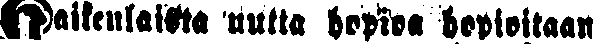
kaikenlaista uutta hopioa hopioitaan